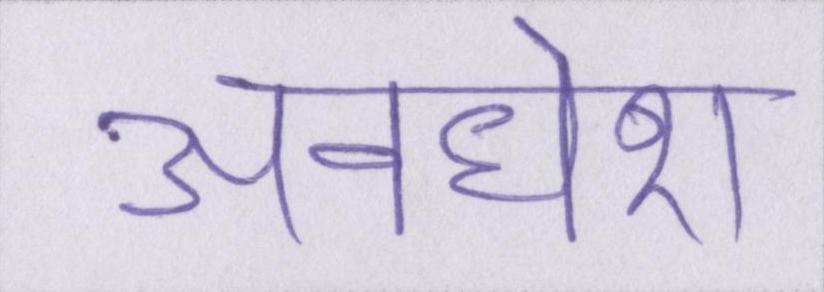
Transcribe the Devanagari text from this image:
अवधेश